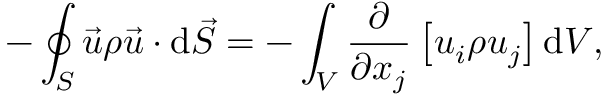
- \oint _ { S } { \vec { u } } \rho { \vec { u } } \cdot \mathrm { d } { \vec { S } } = - \int _ { V } { \frac { \partial } { \partial x _ { j } } } \left[ u _ { i } \rho u _ { j } \right] \mathrm { d } V ,